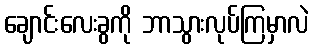
ချောင်းလေးခွကို ဘာသွားလုပ်ကြမှာလဲ